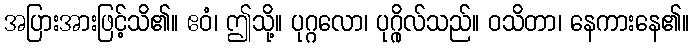
အပြားအားဖြင့်သိ၏။ ဧဝံ၊ ဤသို့။ ပုဂ္ဂလော၊ ပုဂ္ဂိုလ်သည်။ ဝသိတာ၊ နေကားနေ၏။